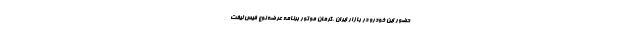
حضور این خودرو در بازار ایران ،کرمان موتور برنامه عرضه نوع فیس لیفت